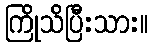
ကြိုသိပြီးသား။